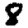
Digit: 8